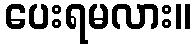
ပေးရမလား။